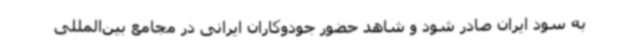
به سود ایران صادر شود و شاهد حضور جودوکاران ایرانی در مجامع بین‌المللی